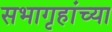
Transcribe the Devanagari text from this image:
सभागृहांच्या